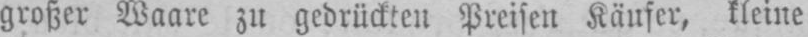
großer Waare zu gedrückten Preisen Käufer, kleine